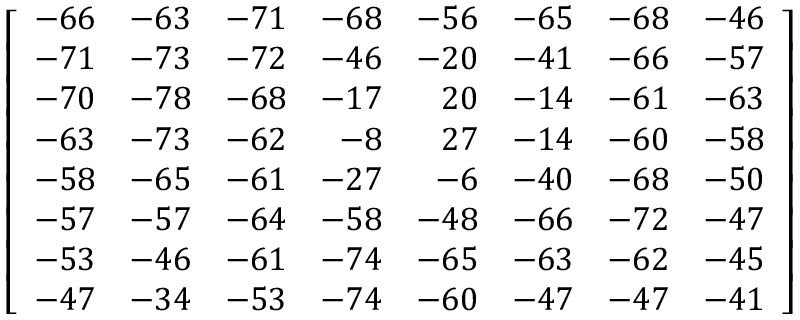
\left[ { \begin{array} { r r r r r r r r } { - 6 6 } & { - 6 3 } & { - 7 1 } & { - 6 8 } & { - 5 6 } & { - 6 5 } & { - 6 8 } & { - 4 6 } \\ { - 7 1 } & { - 7 3 } & { - 7 2 } & { - 4 6 } & { - 2 0 } & { - 4 1 } & { - 6 6 } & { - 5 7 } \\ { - 7 0 } & { - 7 8 } & { - 6 8 } & { - 1 7 } & { 2 0 } & { - 1 4 } & { - 6 1 } & { - 6 3 } \\ { - 6 3 } & { - 7 3 } & { - 6 2 } & { - 8 } & { 2 7 } & { - 1 4 } & { - 6 0 } & { - 5 8 } \\ { - 5 8 } & { - 6 5 } & { - 6 1 } & { - 2 7 } & { - 6 } & { - 4 0 } & { - 6 8 } & { - 5 0 } \\ { - 5 7 } & { - 5 7 } & { - 6 4 } & { - 5 8 } & { - 4 8 } & { - 6 6 } & { - 7 2 } & { - 4 7 } \\ { - 5 3 } & { - 4 6 } & { - 6 1 } & { - 7 4 } & { - 6 5 } & { - 6 3 } & { - 6 2 } & { - 4 5 } \\ { - 4 7 } & { - 3 4 } & { - 5 3 } & { - 7 4 } & { - 6 0 } & { - 4 7 } & { - 4 7 } & { - 4 1 } \end{array} } \right]